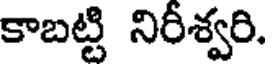
కాబట్టి నిరీశ్వరి.